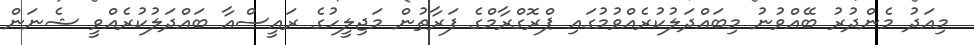
މިއަދު މެންދުރު ބޭއްވުނު މިބައްދަލުކުރެއްވުމުގައި ޕްރޮގްރާމްގެ ފަރާތުން މަޖިލީހުގެ ރައީސްއާ ބައްދަލުކުރެއްވީ ޝެނަން